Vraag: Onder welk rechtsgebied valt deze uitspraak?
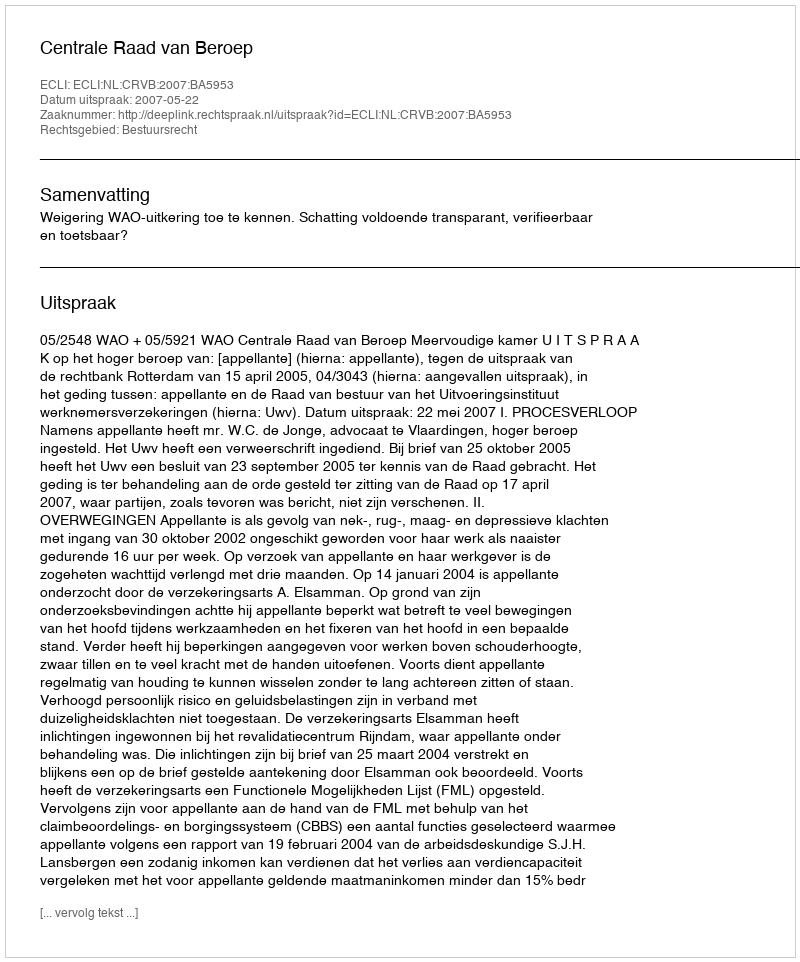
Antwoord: Bestuursrecht